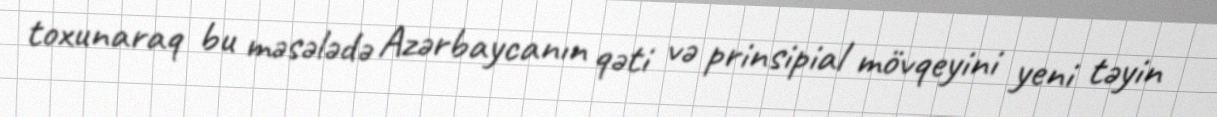
toxunaraq bu məsələdə Azərbaycanın qəti və prinsipial mövqeyini yeni təyin